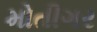
મોતીગર